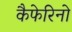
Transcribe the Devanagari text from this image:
कैफेरिनो